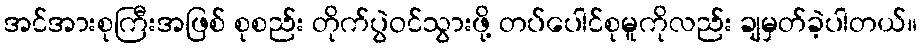
အင်အားစုကြီးအဖြစ် စုစည်း တိုက်ပွဲဝင်သွားဖို့ တပ်ပေါင်စုမူကိုလည်း ချမှတ်ခဲ့ပါတယ်။